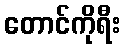
တောင်ကိုရီး